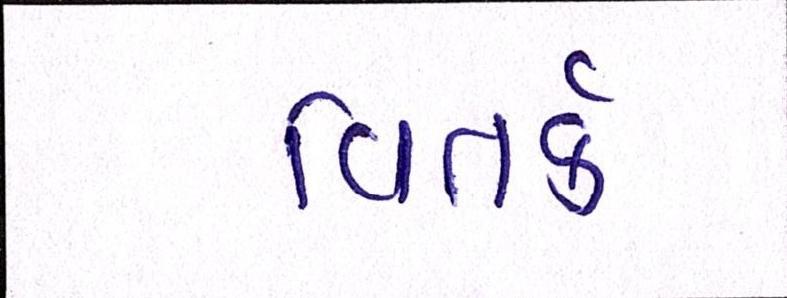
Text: વિતર્ક